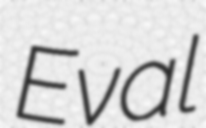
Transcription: Eval